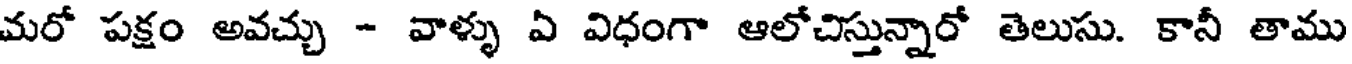
మరో పక్షం అవచ్చు - వాళ్ళు ఏ విధంగా ఆలోచిస్తున్నారో తెలుసు. కానీ తాము